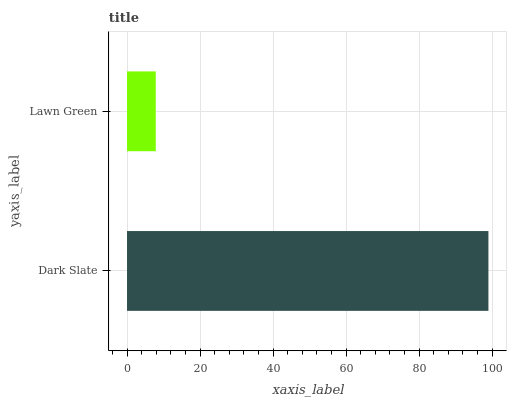
| yaxis_label | bars |
 | --- | --- |
 | Dark Slate | 99 |
 | Lawn Green | 7.88 |